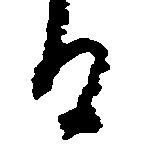
る